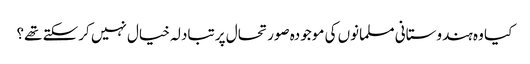
کیا وہ ہندوستانی مسلمانوں کی موجودہ صورتحال پر تبادلہ خیال نہیں کرسکتے تھے؟